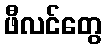
ဖီလင်တွေ